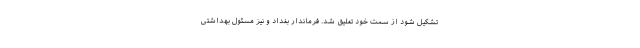
تشکیل شود از سمت خود تعلیق شد. فرماندار بغداد و نیز مسئول بهداشتی